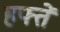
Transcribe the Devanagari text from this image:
हफ्तें